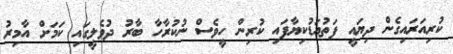
ކުރިއަރައިގެން ދިޔައީ ފަތުއަޑުކިޔާފައި ކުރިން ހީވެސް ނުކުރާހާ ބާރު ދުވެލީގައި ކަމަށް އާމިރު